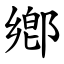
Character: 鄕